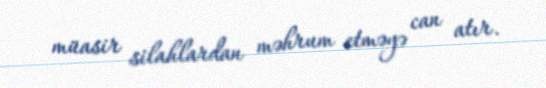
müasir silahlardan məhrum etməyə can atır.